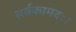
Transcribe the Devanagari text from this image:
सर्वकामदः।